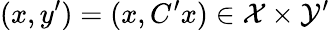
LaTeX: (x,y^{\prime})=(x,C^{\prime}x)\in\mathcal{X}\times\mathcal{Y}^{\prime}